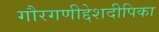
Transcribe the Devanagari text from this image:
गौरगणीद्देशदीपिका